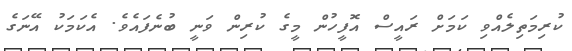
ކުރިމަތިލެއްވި ކަމަށް ރައީސް އޮފީހުން މީގެ ކުރިން ވަނީ ބުނެފައެވެ. އެކަމަކު އޭނަގެ